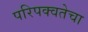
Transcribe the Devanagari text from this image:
परिपक्वतेचा